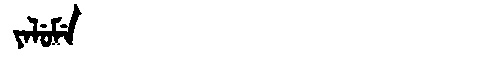
Manchu: ᠶᠠᠯᡠᠮᡝ
Romanization: YALUME